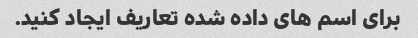
برای اسم های داده شده تعاریف ایجاد کنید.